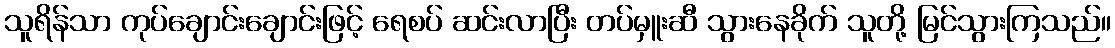
သူရိန်သာ ကုပ်ချောင်းချောင်းဖြင့် ရေစပ် ဆင်းလာပြီး တပ်မှူးဆီ သွားနေခိုက် သူတို့ မြင်သွားကြသည်။